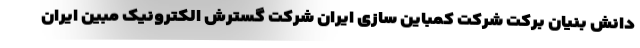
دانش بنیان برکت شرکت کمباین سازی ایران شرکت گسترش الکترونیک مبین ایران